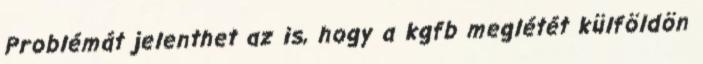
Problémát jelenthet az is, hogy a kgfb meglétét külföldön